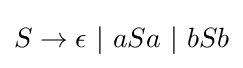
S\to \epsilon ~|~aSa~|~bSb